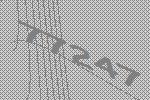
77247